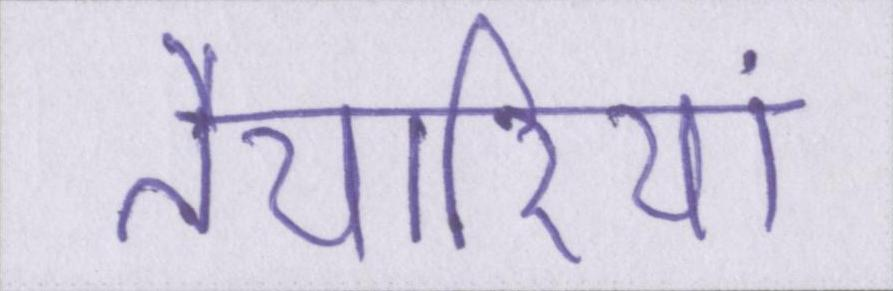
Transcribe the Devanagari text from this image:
तैयारियां